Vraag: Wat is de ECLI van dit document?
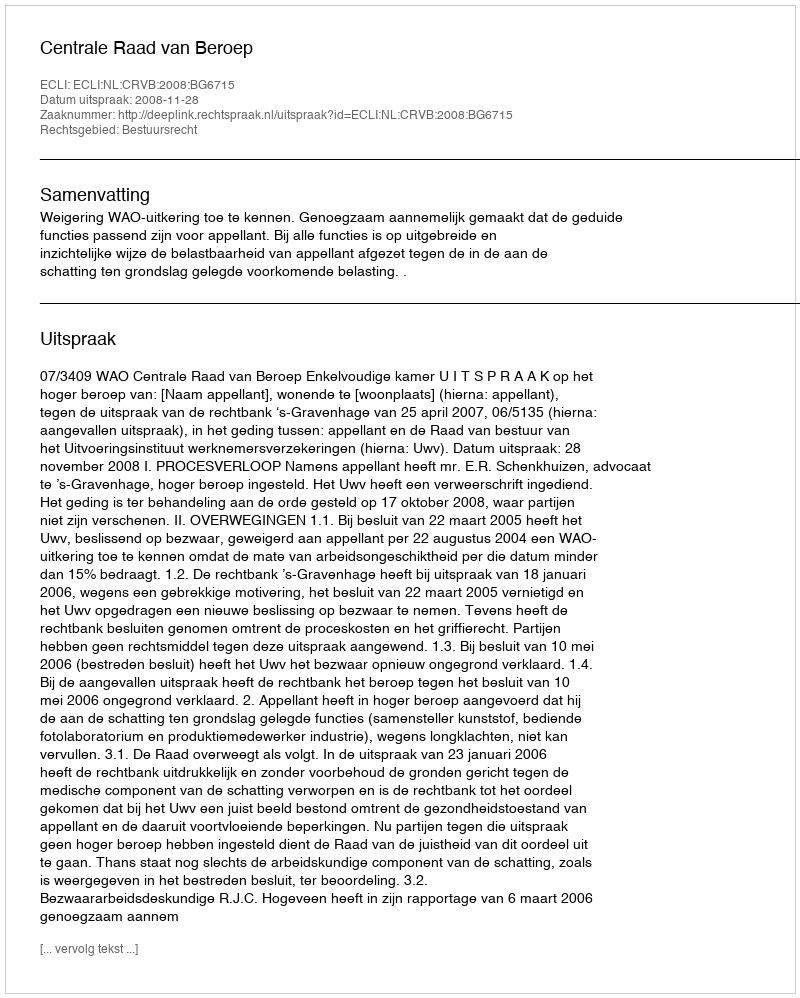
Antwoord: ECLI:NL:CRVB:2008:BG6715